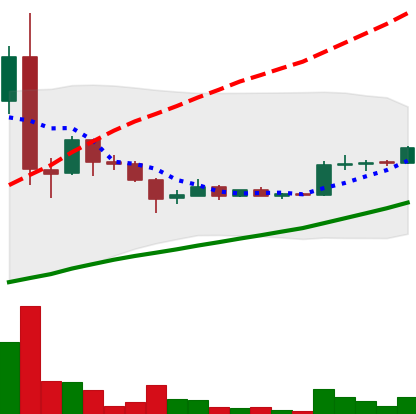
Ticker: LTC-USD
Chart end date: 2015-07-28
Forward return: -17.466%
Label: down_7plus